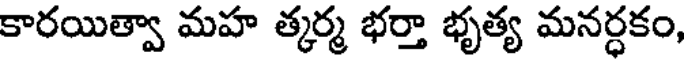
కారయిత్వా మహ త్కర్మ భర్తా భృత్య మనర్ధకం,